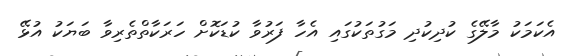
އެކަމަކު މާލޭގެ ކުދިކުދި މަގުތަކުގައި އެހާ ފަރުވާ ކުޑަކޮށް ހަރަކާތްތެރިވާ ބަޔަކު އުޅޭ